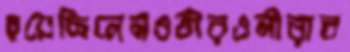
হয়েছিলেনওতীরওনীরাব